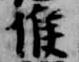
候